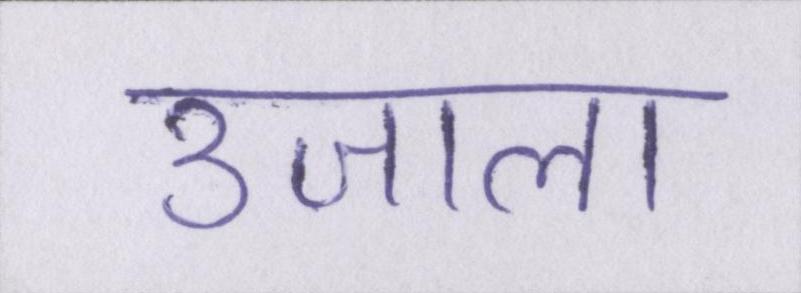
उजाला